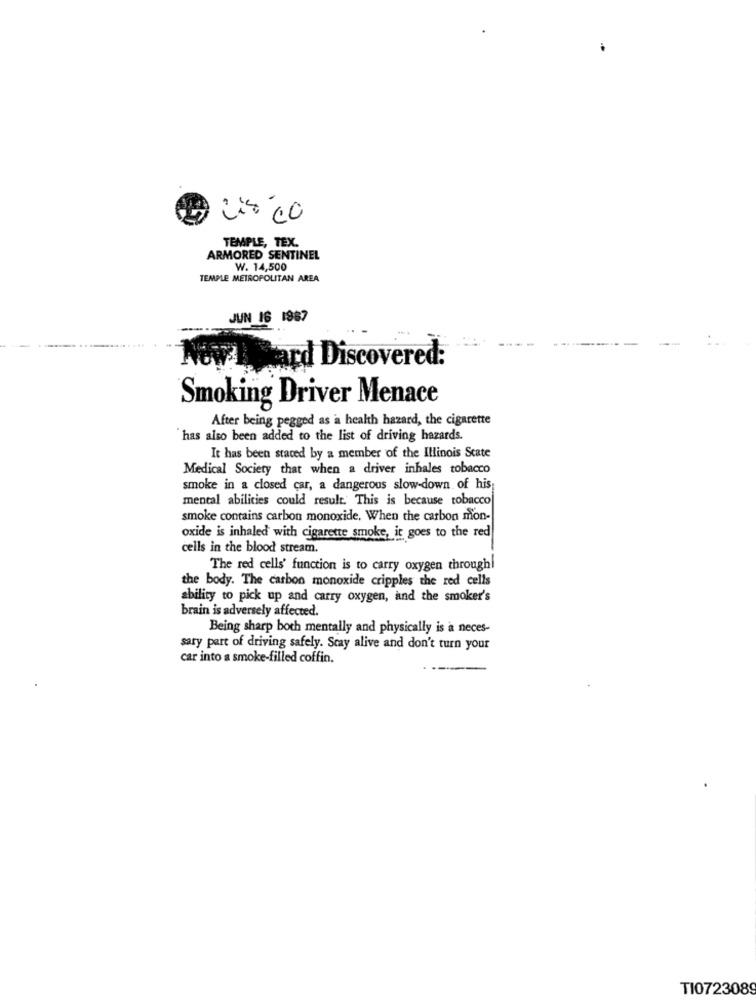
TEMPLE, TEX.
ARMORED SENTINEL
W. 14,500
TEMPLE METROPOLITAN AREA
JUN 16 1987
Now hard Discovered:
Smoking Driver Menace
After being pegged as a health hazard, the cigarette
has also been added to the list of driving hazards.
It has been staced by a member of the Illinois State
Medical Society that when a driver inhales tobacco
smoke in a closed car, a dangerous slow-down of his;
mental abilities could result. This is because tobacco
smoke contains carbon monoxide, When the carbon mon-
oxide is inhaled with cigarette smoke, it goes to the red
cells in the blood stream.
The red cells' function is to carry oxygen throughl
the body. The carbon monoxide cripples the red cells
ability to pick up and carry oxygen, and the smoker's
brain is adversely affected.
Being sharp both mentally and physically is a neces-
sary part of driving safely. Stay alive and don't turn your
car into a smoke-filled coffin.
TI0723089